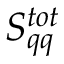
S _ { q q } ^ { t o t }